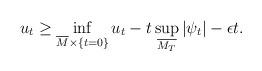
LaTeX: \begin{align*}u_t \geq \inf_{\overline{M}\times \{t=0\}} u_t - t\sup_{\overline{M_T}} |\psi_t| - \epsilon t.\end{align*}